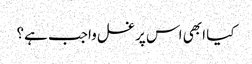
کیا ابھی اس پر غسل واجب ہے؟